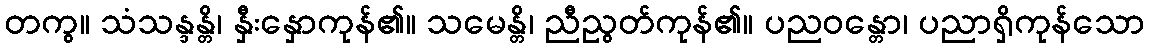
တကွ။ သံသန္ဒန္တိ၊ နှီးနှောကုန်၏။ သမေန္တိ၊ ညီညွတ်ကုန်၏။ ပညဝန္တော၊ ပညာရှိကုန်သော